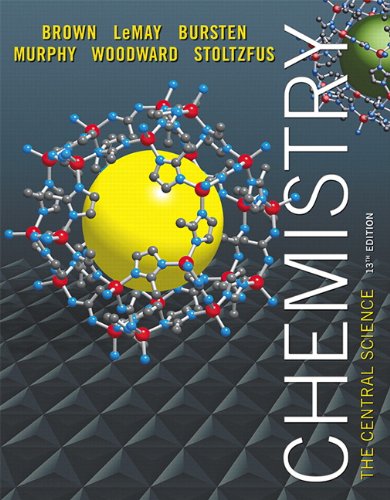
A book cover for Chemistry: The Central Science Plus Mastering Chemistry, 13th Edition; Theodore E. Brown; Science & Math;